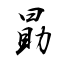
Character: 勗